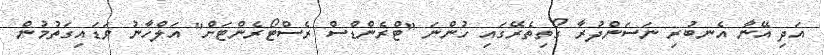
އަދި އޭނާ އެނބުރި ނަސަންދުރާ ގޯތިތެރޭގައި ހުންނަ "ޓްރެންޑްސް ރެސްޓޯރެންޓަށް" އަލްހާނު ވަޑައިގަތުމުން